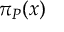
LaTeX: \pi _ { P } ( x )